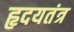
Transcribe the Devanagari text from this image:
हृदयतंत्र